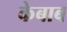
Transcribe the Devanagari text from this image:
केबाब